Report of an investigation into the causes of malaria in Bombay and the measures necessary for its control
Disease focus: Malaria
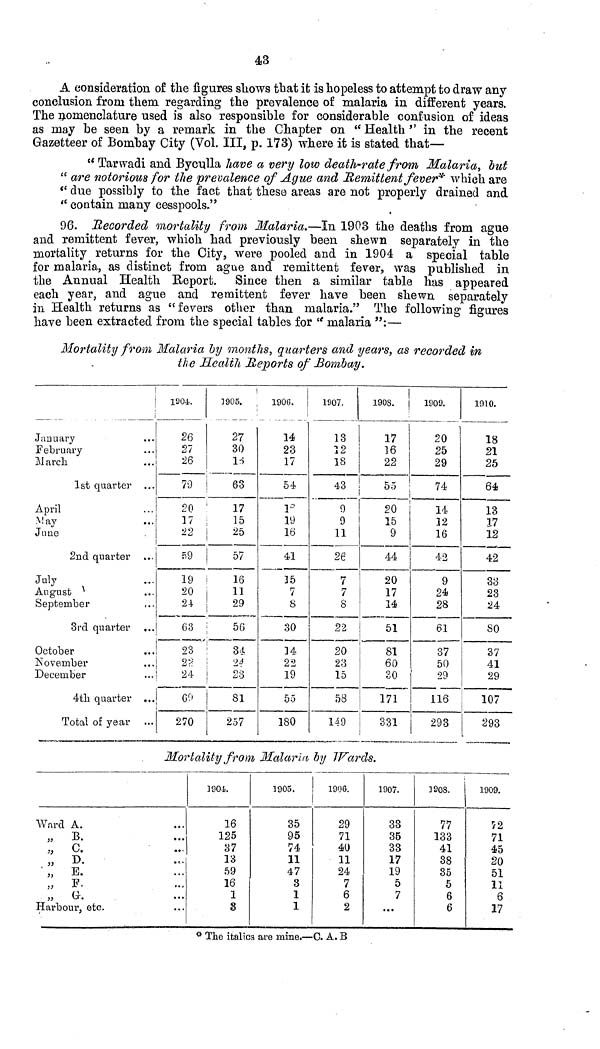
43
A consideration of the figures shows that it is hopeless to attempt to draw any
conclusion from them regarding the prevalence of malaria in different years.
The nomenclature used is also responsible for considerable confusion of ideas
as may he seen by a remark in the Chapter on "Health " in the recent
Gazetteer of Bombay City (Vol. III, p. 173) where it is stated that—
" Tarwadi and Byculla have a very low death-rate from Malaria, hut
"are notorious for the prevalence of Ague and Remittent fever* which are
"due possibly to the fact that these areas are not properly drained and
"contain many cesspools."
96. Recorded mortality from Malaria.—In 1903 the deaths from ague
and remittent fever, which had previously been shewn separately in the
mortality returns for the City, were pooled and in 1904 a special table
for malaria, as distinct from ague and remittent fever, was published in
the Annual Health Report. Since then a similar table has appeared
each year, and ague and remittent fever have been shewn separately
in Health returns as "fevers other than malaria." The following figures
have been extracted from the special tables for " malaria ":—
Mortality from Malaria by months, quarters and years, as recorded in
the Health Reports of Bombay.
January
February
March
1st quarter ...
April
May
June
2nd quarter
July
August
September
3rd quarter ...
October
November
December
4th quarter ...
Total of year
1904.
26
21
26
79
20
17
22
59
19
20
24
63
23
24
69
270
1905.
27
30
18
63
17
15
25
57
16
11
29
56
34
24
23
81
257
1906.
14
23
17
54
13
19
16
41
35
7
S
30
14
22
19
55
180
1907.
13
12
18
43
9
9
11
26
7
7
8
22
20
23
15
58
149
190S.
|
17
16
22
55
20
15
9
44
20
17
14
51
81
60
30
171
331
1909.
20
25
29
74
14
32
16
42
9
24
28
61
37
50
29
116
293
1910.
18
21
25
64
13
17
12
42
33
23
24
80
37
41
29
107
293
Mortality from Malaria by Wards.
Ward A.
„ B.
„ C.
„ D.
„ E.
., F.
„ G.
Harbour, etc.
1904.
16
125
37
13
59
16
1
8
1905.
35
95
74
11
47
3
1
1
1906.
29
71
40
11
24
7
6
2
1907.
33
35
33
17
19
5
7
...
3908.
77
133
41
38
35
5
6
6
1909.
72
71
45
20
51
11
6
17
** The italics are mine.—C. A. B